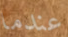
عندما